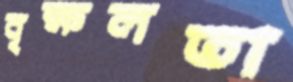
বৃক্ষলতা